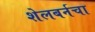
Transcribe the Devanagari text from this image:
शेलबर्नचा